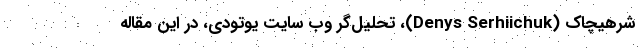
شرهیچاک (Denys Serhiichuk)، تحلیل‌گر وب سایت یوتودی، در این مقاله